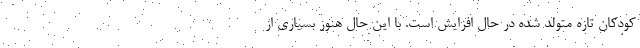
کودکان تازه متولد شده در حال افزایش است. با این حال هنوز بسیاری از